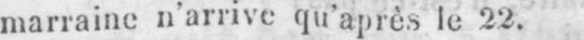
marraine n’arrive qu’après le 22.